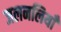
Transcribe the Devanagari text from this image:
जलनलियाँ